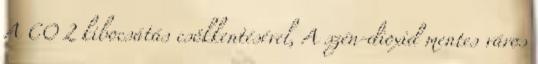
A CO 2 kibocsátás csökkentésével, A szén-dioxid mentes város